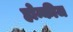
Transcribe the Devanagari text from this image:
होन्कीज